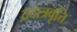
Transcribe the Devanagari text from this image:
द्दात्रवृत्ति